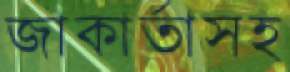
জাকার্তাসহ